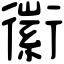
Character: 䘗